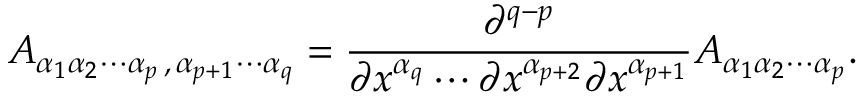
A _ { \alpha _ { 1 } \alpha _ { 2 } \cdots \alpha _ { p } \, , \, \alpha _ { p + 1 } \cdots \alpha _ { q } } = { \frac { \partial ^ { q - p } } { \partial x ^ { \alpha _ { q } } \cdots \partial x ^ { \alpha _ { p + 2 } } \partial x ^ { \alpha _ { p + 1 } } } } A _ { \alpha _ { 1 } \alpha _ { 2 } \cdots \alpha _ { p } } .